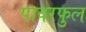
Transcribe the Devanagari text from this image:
पावरफुल